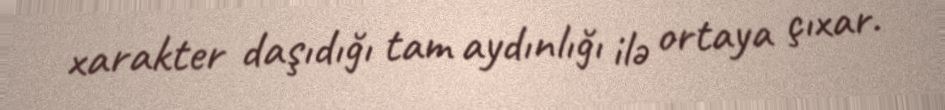
xarakter daşıdığı tam aydınlığı ilə ortaya çıxar.